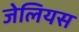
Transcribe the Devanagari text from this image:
जेलियस